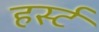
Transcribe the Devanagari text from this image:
हर्स्ट